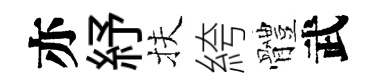
亦紓扶絝體武